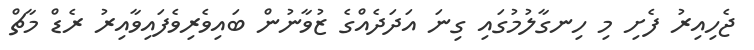
ޖެހިއިރު ފެށި މި ހިނގާލުމުގައި ގިނަ އަދަދެއްގެ ޒުވާނުން ބައިވެރިވެފައިވާއިރު ރެޑް މާޗް